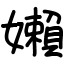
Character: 嬾